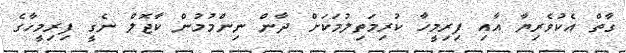
ގާތް އެކުވެރިޔާ އާއި ފިރިމީހާ ކުރިމަތިލުމަކަށް ދާން ނިންމުމުން ކާޖޮލް ނެގީ ފިރިމީހާގެ